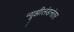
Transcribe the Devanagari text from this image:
न्यूझीलंडनंतर